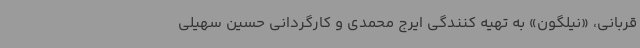
قربانی، «نیلگون» به تهیه کنندگی ایرج محمدی و کارگردانی حسین سهیلی